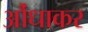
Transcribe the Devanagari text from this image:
औंधाकर